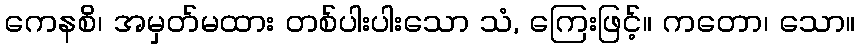
ကေနစိ၊ အမှတ်မထား တစ်ပါးပါးသော သံ, ကြေးဖြင့်။ ကတော၊ သော။